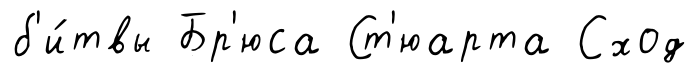
б'и́твы Бр'юса Ст'юарта Сход